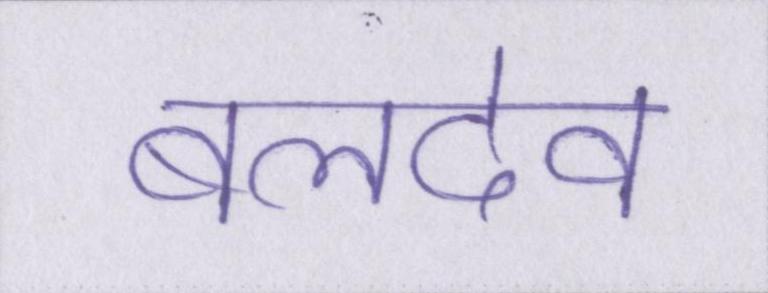
बलदेव